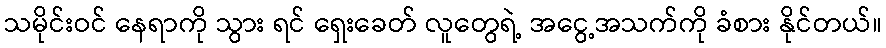
သမိုင်းဝင် နေရာကို သွား ရင် ရှေးခေတ် လူတွေရဲ့ အငွေ့အသက်ကို ခံစား နိုင်တယ်။